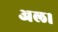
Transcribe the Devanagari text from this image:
अल।